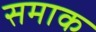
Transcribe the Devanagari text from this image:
समाक